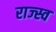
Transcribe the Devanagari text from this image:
राज्स्व